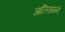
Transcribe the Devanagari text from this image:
आलिसान्ते